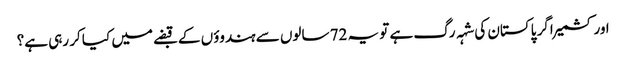
اور کشمیر اگر پاکستان کی شہہ رگ ہے تو یہ 72 سالوں سے ہندوؤں کے قبضے میں کیا کر رہی ہے؟